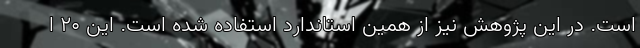
است. در این پژوهش نیز از همین استاندارد استفاده شده است. این ۲۰ ا